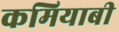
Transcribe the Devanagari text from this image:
कमियाबी